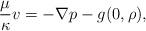
LaTeX: \begin{align*}\frac{\mu}{\kappa}v=-\nabla p -g(0,\rho), \end{align*}